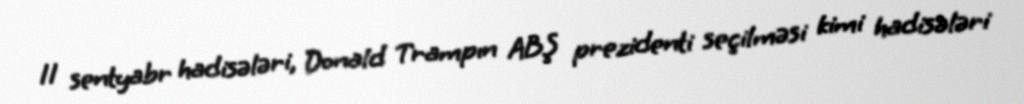
11 sentyabr hadisələri, Donald Trampın ABŞ prezidenti seçilməsi kimi hadisələri